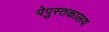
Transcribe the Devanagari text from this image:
येपुस्तकालय